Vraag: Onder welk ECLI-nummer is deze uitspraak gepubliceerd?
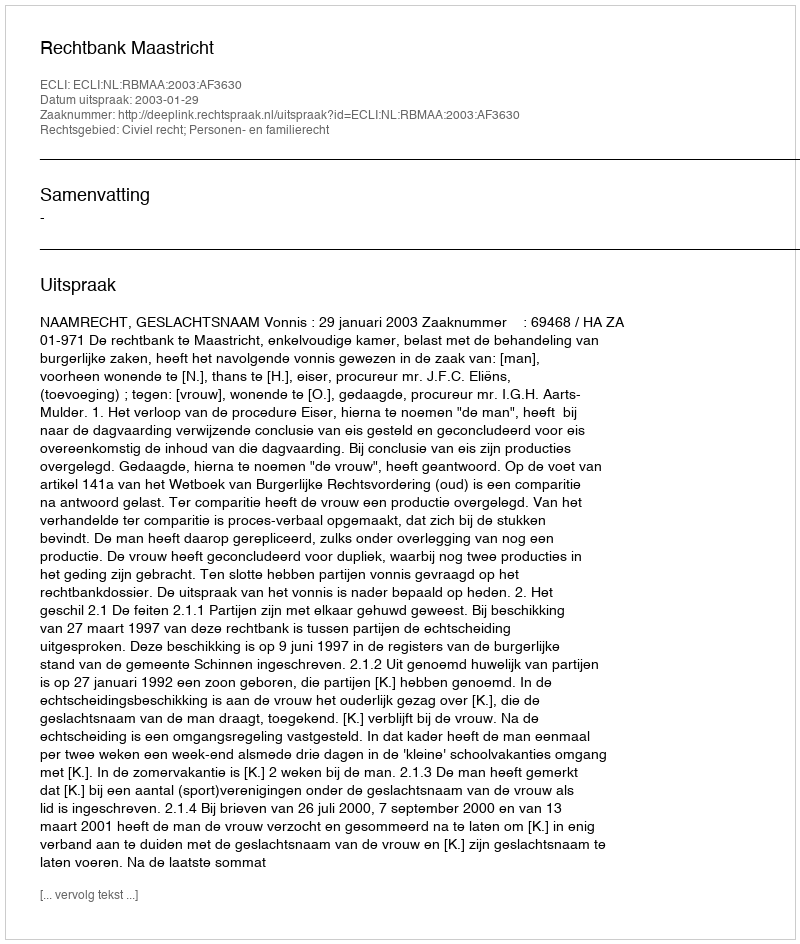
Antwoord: ECLI:NL:RBMAA:2003:AF3630